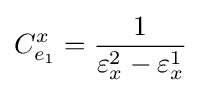
C_{e_{1}}^{x}={\frac {1}{\varepsilon _{x}^{2}-\varepsilon _{x}^{1}}}